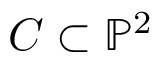
C \subset \mathbb { P } ^ { 2 }